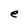
Character: e